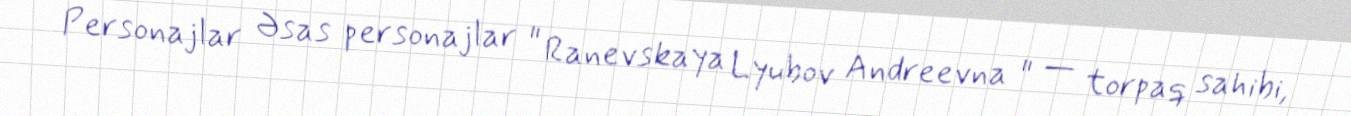
Personajlar Əsas personajlar " Ranevskaya Lyubov Andreevna " — torpaq sahibi,